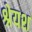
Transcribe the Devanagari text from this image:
श्रेयश